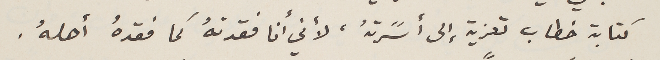
كتابة خطاب تعزية إلى أسًرتهُ، لأني أنا فقدتهُ كما فقدهُ أهلهُ.